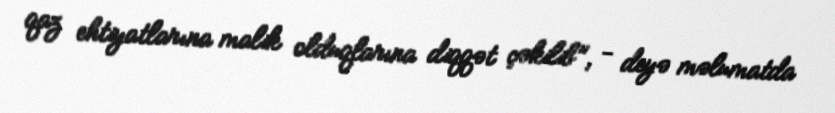
qaz ehtiyatlarına malik olduqlarına diqqət çəkilib", - deyə məlumatda